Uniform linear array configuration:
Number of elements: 48
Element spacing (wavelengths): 0.5
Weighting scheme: cosine
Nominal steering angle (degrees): -45
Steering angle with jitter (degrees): -45.128
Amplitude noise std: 0.05
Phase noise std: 0.05

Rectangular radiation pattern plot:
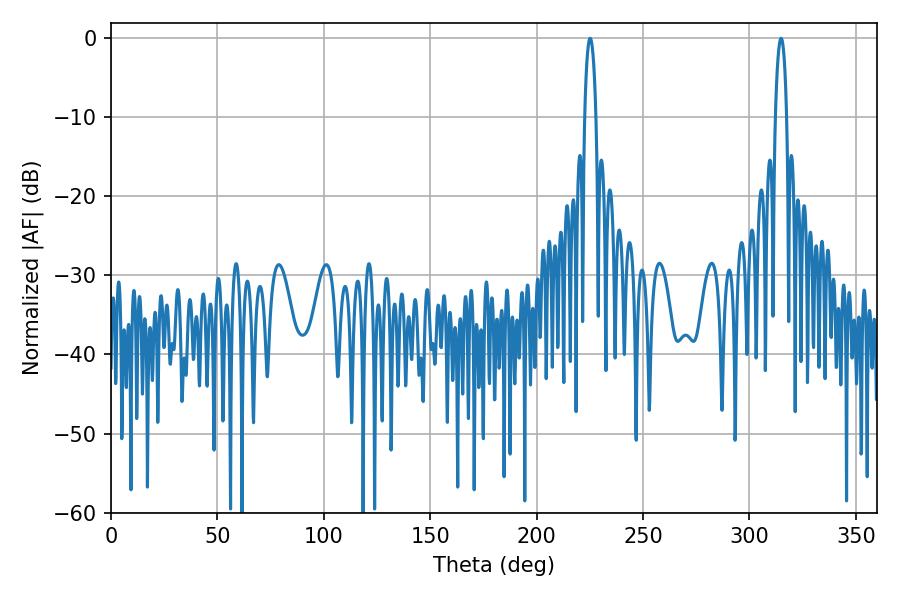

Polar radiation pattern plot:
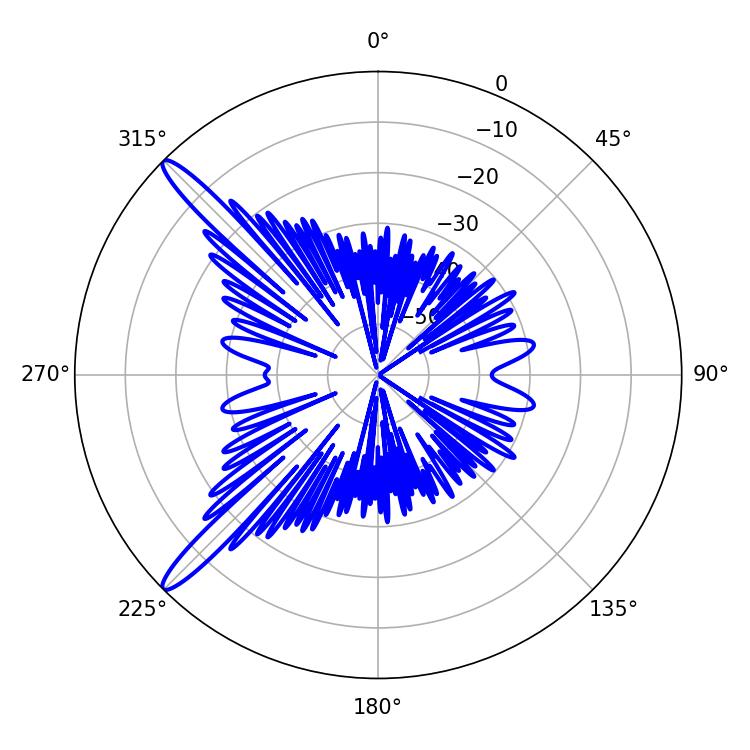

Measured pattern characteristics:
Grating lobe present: FALSE
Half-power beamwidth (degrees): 2.88
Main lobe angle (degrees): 225.18